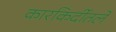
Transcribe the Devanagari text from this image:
कारकिर्दीतले